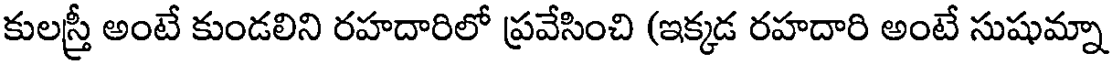
కులస్త్రీ అంటే కుండలిని రహదారిలో ప్రవేసించి (ఇక్కడ రహదారి అంటే సుషుమ్నా